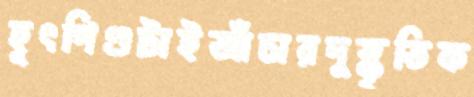
হূৎপিণ্ডটাইআঁচারদুষ্কৃতিক